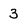
Character: 3